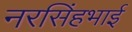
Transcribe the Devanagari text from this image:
नरसिंहभाई